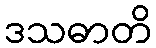
ဒသဓာတိ